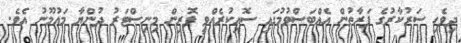
ދިވެހި ސަރުކާރުގެ ފަރާތުން އެއްބަސްވުމުގައި ސޮއިކުރެއްވީ ފޮރިން މިނިސްޓަރު ދުންޔާ މައުމޫނު އެވެ.